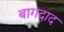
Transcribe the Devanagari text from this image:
बागदाद